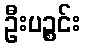
ဦးပဉ္စင်း